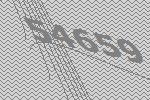
54659